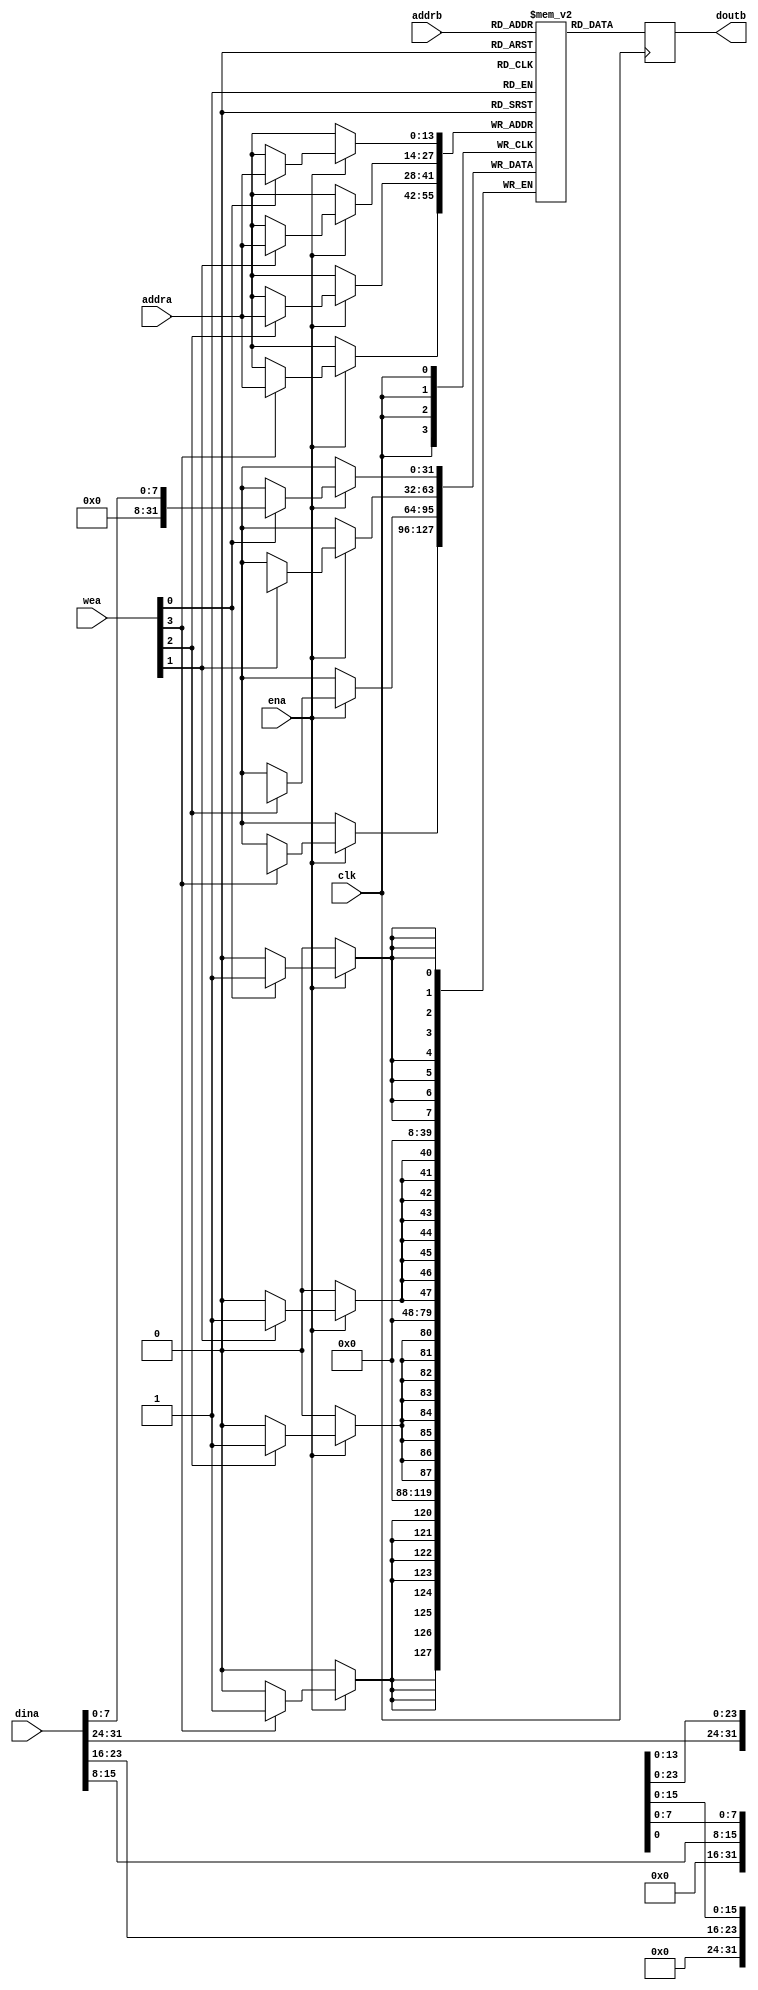
module imem (
  input clk,
  input ena,
  input [3:0] wea,
  input [13:0] addra,
  input [31:0] dina,
  input [13:0] addrb,
  output reg [31:0] doutb
);
  parameter DEPTH = 16384;

  // See page 133 of the Vivado Synthesis Guide for the template
  // https://www.xilinx.com/support/documentation/sw_manuals/xilinx2016_4/ug901-vivado-synthesis.pdf

  reg [31:0] mem [16384-1:0];
  integer i;
  always @(posedge clk) begin
    if (ena) begin
      for(i=0; i<4; i=i+1) begin
        if (wea[i]) begin
          mem[addra][i*8 +: 8] <= dina[i*8 +: 8];
        end
      end
    end
  end

  always @(posedge clk) begin
      doutb <= mem[addrb];
  end
endmodule